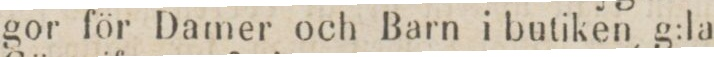
gor för Damer och Barn i butiken, g:la